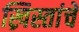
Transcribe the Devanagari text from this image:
ख्रिस्तांचे